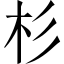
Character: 杉